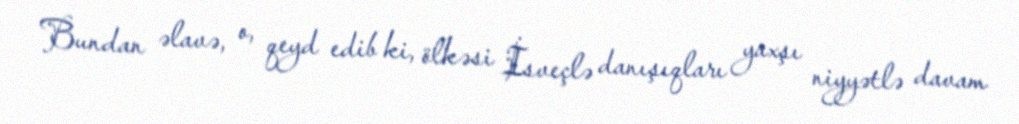
Bundan əlavə, o, qeyd edib ki, ölkəsi İsveçlə danışıqları yaxşı niyyətlə davam